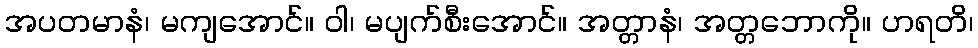
အပတမာနံ၊ မကျအောင်။ ဝါ၊ မပျက်စီးအောင်။ အတ္တာနံ၊ အတ္တဘောကို။ ဟရတိ၊